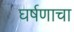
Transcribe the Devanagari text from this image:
घर्षणाचा